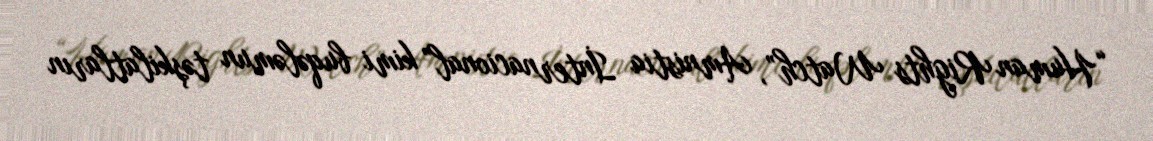
“Human Rights Watch”, Amnistia İnternacional” kimi buqələmun təşkilatların